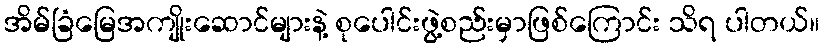
အိမ်ခြံမြေအကျိုးဆောင်များနဲ့ စုပေါင်းဖွဲ့စည်းမှာဖြစ်ကြောင်း သိရ ပါတယ်။